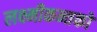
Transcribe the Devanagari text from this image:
लक्ष्मीकन्तको